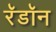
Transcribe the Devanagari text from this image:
रॅडॉन